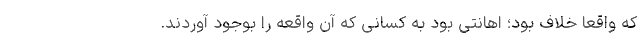
که واقعا خلاف بود؛ اهانتی بود به کسانی که آن واقعه را بوجود آوردند.